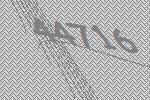
44716